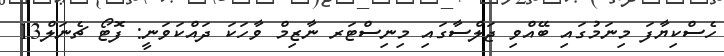
ހެސްކިޔާފަ މިނަމުގައި ބޭއްވި ޖަލްސާގައި މިނިސްޓަރ ނާޒިމް ވާހަކަ ދައްކަވަނީ: ފޮޓޯ ޗެނަލް13